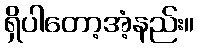
ရှိပါတော့အံ့နည်း။